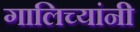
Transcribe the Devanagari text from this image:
गालिच्यांनी